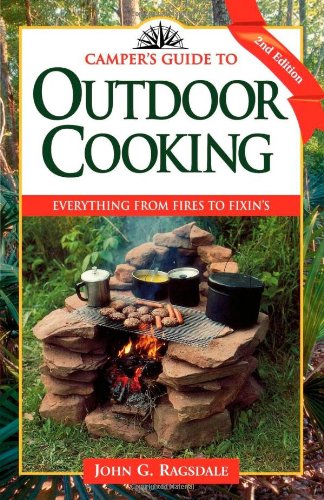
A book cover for Camper's Guide to Outdoor Cooking: Everything from Fires to Fixin's (Camper's Guides); John G. Ragsdale; Cookbooks, Food & Wine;